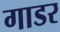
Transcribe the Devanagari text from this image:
गाडर